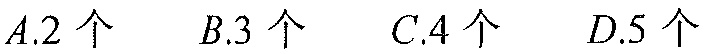
\(A.2\text{ 个}\quad B.3\text{ 个}\quad C.4\text{ 个}\quad D.5\text{ 个}\)